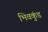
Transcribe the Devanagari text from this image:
भिवकुंड